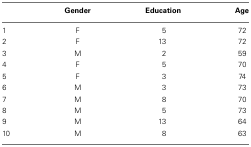
<table><thead><tr><td></td><td><b>Gender</b></td><td><b>Education</b></td><td><b>Age</b></td></tr></thead><tbody><tr><td>1</td><td>F</td><td>5</td><td>72</td></tr><tr><td>2</td><td>F</td><td>13</td><td>72</td></tr><tr><td>3</td><td>M</td><td>2</td><td>59</td></tr><tr><td>4</td><td>F</td><td>5</td><td>70</td></tr><tr><td>5</td><td>F</td><td>3</td><td>74</td></tr><tr><td>6</td><td>M</td><td>3</td><td>73</td></tr><tr><td>7</td><td>M</td><td>8</td><td>70</td></tr><tr><td>8</td><td>M</td><td>5</td><td>73</td></tr><tr><td>9</td><td>M</td><td>13</td><td>64</td></tr><tr><td>10</td><td>M</td><td>8</td><td>63</td></tr></tbody></table>